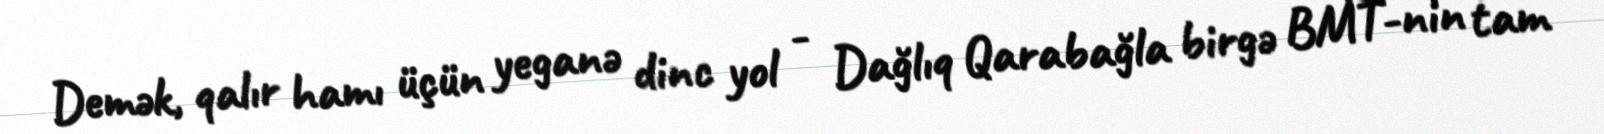
Demək, qalır hamı üçün yeganə dinc yol - Dağlıq Qarabağla birgə BMT-nin tam